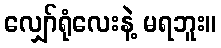
လျှော်ရုံလေးနဲ့ မရဘူး။